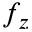
f _ { z }